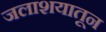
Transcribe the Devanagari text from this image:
जलाशयातून